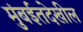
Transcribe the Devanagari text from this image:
मुंबईतदेखील